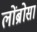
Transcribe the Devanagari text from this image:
लोंब्रोसा